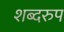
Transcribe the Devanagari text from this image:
शब्दरुप